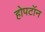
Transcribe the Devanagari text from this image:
होपटॉन